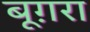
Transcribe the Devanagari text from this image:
बूग़रा